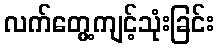
လက်တွေ့ကျင့်သုံးခြင်း